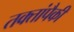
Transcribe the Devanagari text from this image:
तक्तांपैकी